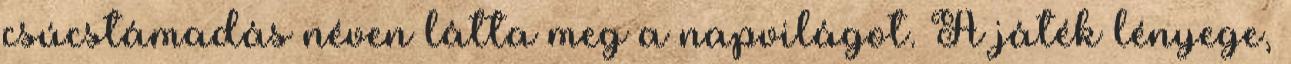
csúcstámadás néven látta meg a napvilágot. A játék lényege,